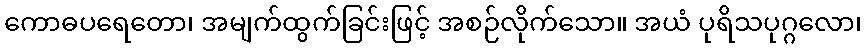
ကောဓပရေတော၊ အမျက်ထွက်ခြင်းဖြင့် အစဉ်လိုက်သော။ အယံ ပုရိသပုဂ္ဂလော၊